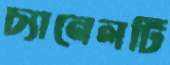
চ্যানেলটি